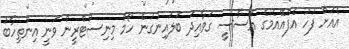
އެއަށް ފަހު އެފްއޭއެމުގެ އަސާސީ ގަވާއިދު ބަލައިނުގަނެ ހޯމް މިނިސްޓްރީން ވަނީ އިންތިހާބު